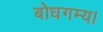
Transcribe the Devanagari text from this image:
बोधगम्य।